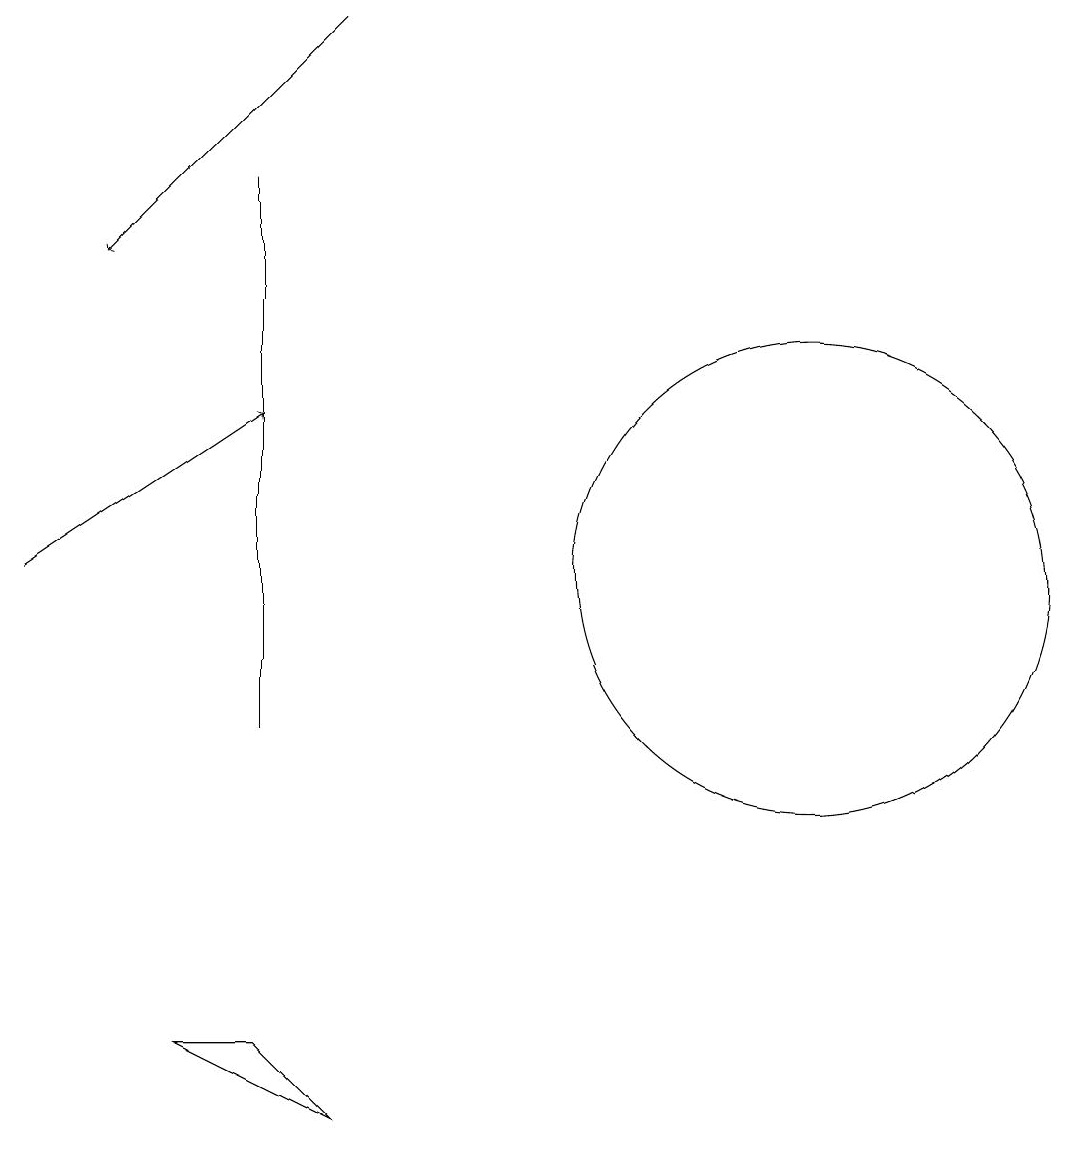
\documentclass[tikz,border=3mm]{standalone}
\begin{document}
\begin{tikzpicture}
\draw[->] (5,19) -- (2,16);
\draw (10,11) circle (0);
\draw[->] (1,12) -- (4,14);
\draw (5,5) -- (3,6) -- (4,6) -- cycle;
\draw (11,12) circle (3);
\draw (4,10) rectangle (4,17);
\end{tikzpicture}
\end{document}